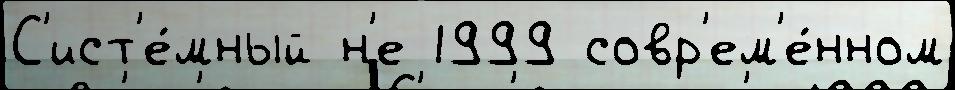
С'ист'е́мный н'е 1999 совр'ем'е́нном